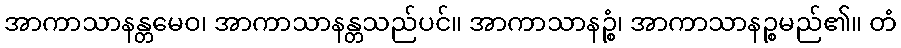
အာကာသာနန္တမေဝ၊ အာကာသာနန္တသည်ပင်။ အာကာသာနဉ္စံ၊ အာကာသာနဉ္စမည်၏။ တံ